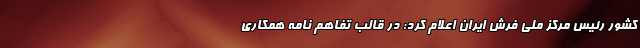
کشور رئیس مرکز ملی فرش ایران اعلام کرد: در قالب تفاهم نامه همکاری